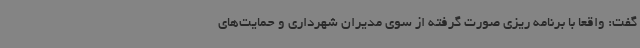
گفت: واقعا با برنامه ریزی صورت گرفته از سوی مدیران شهرداری و حمایت‌های